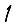
Digit: 1